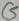
Text: C5